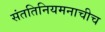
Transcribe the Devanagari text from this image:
संततिनियमनाचीच